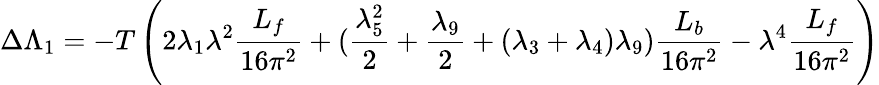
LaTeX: \Delta\Lambda_{1}=-T\left(2\lambda_{1}\lambda^{2}{\frac{L_{f}}{16\pi^{2}}}+({\frac{\lambda_{5}^{2}}{2}}+{\frac{\lambda_{9}}{2}}+(\lambda_{3}+\lambda_{4})\lambda_{9}){\frac{L_{b}}{16\pi^{2}}}-\lambda^{4}{\frac{L_{f}}{16\pi^{2}}}\right)